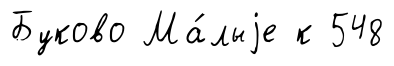
Буково Ма́лыjе к 548